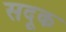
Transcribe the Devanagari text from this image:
सदूक